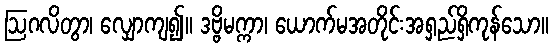
ဩဂလိတွာ၊ လျှောကျ၍။ ဒဗ္ဗိမက္ကာ၊ ယောက်မအတိုင်းအရှည်ရှိကုန်သော။